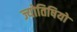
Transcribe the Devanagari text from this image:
ज्योतिषियो